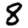
Digit: 8